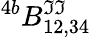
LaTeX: ^{4b}B_{12,34}^{\mathfrak{I}\mathfrak{I}}